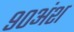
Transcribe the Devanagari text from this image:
९०अंश